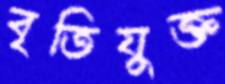
বৃতিযুক্ত